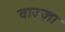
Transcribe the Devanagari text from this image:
वाज़्ज़ा